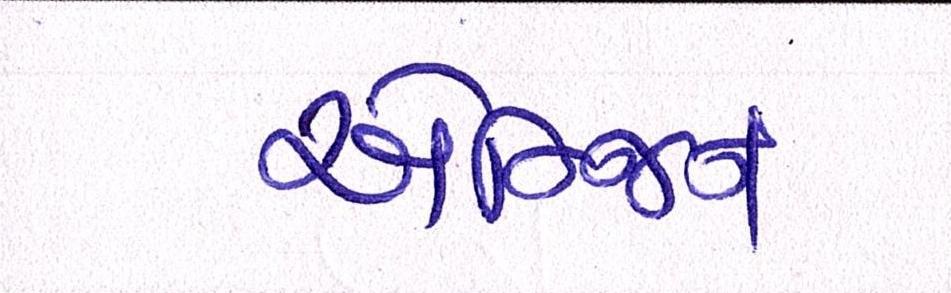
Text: એન્જિન